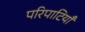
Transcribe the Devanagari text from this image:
परिपाटियाँ